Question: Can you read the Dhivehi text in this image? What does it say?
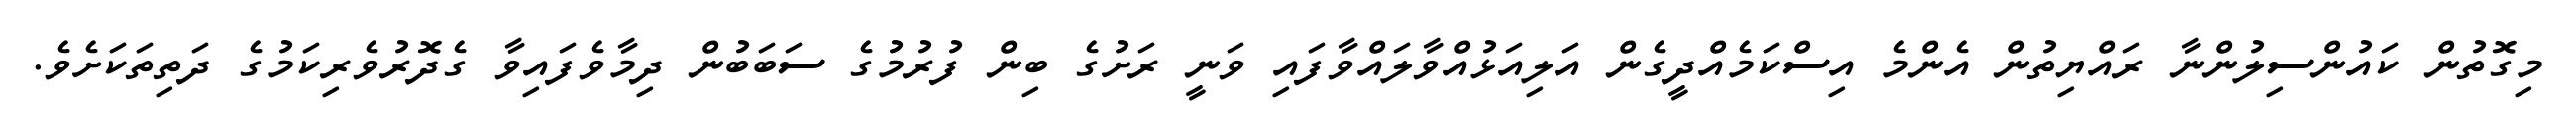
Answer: މިގޮތުން ކައުންސިލުންނާ ރައްޔިތުން އެންމެ އިސްކަމެއްދީގެން އަލިއަޅުއްވާލައްވާފައި ވަނީ ރަށުގެ ބިން ފުރުމުގެ ސަބަބުން ދިމާވެފައިވާ ގެދޮރުވެރިކަމުގެ ދަތިތަކަށެވެ.